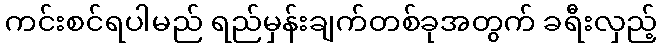
ကင်းစင်ရပါမည် ရည်မှန်းချက်တစ်ခုအတွက် ခရီးလှည့်